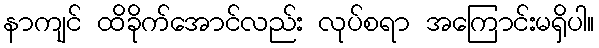
နာကျင် ထိခိုက်အောင်လည်း လုပ်စရာ အကြောင်းမရှိပါ။